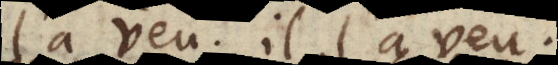
l’a veu, il l’a veu,